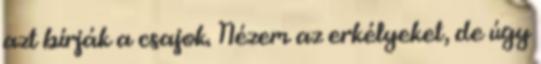
azt bírják a csajok. Nézem az erkélyeket, de úgy